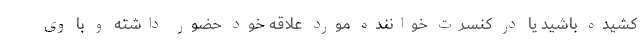
کشیده باشید یا در کنسرت خواننده مورد علاقه خود حضور داشته و با وی